Epidemic dropsy in Calcutta - Number 49
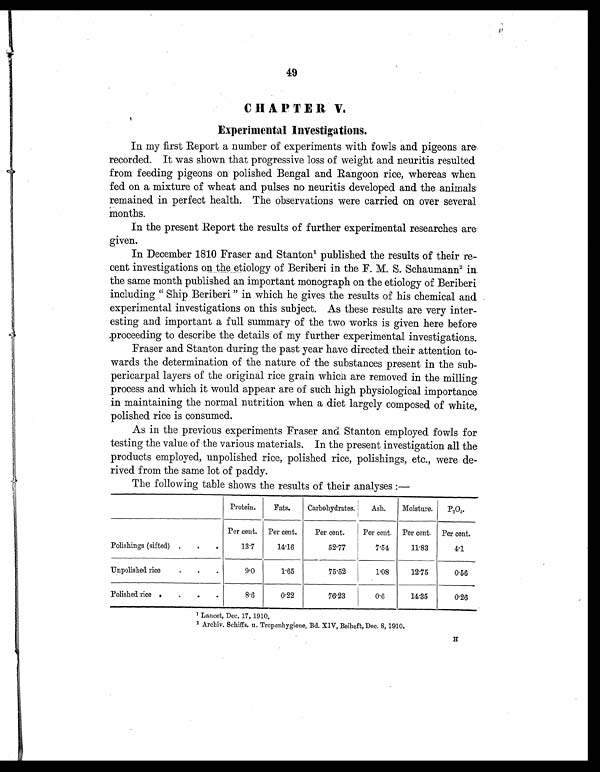
49
CHAPTER V.
Experimental Investigations.
In my first Report a number of experiments with fowls and pigeons are
recorded. It was shown that progressive loss of weight and neuritis resulted
from feeding pigeons on polished Bengal and Rangoon rice, whereas when
fed on a mixture of wheat and pulses no neuritis developed and the animals
remained in perfect health. The observations were carried on over several
Months.
In the present Report the results of further experimental researches are
given.
In December 1810 Fraser and Stanton' published the results of their re
-cent investigations on the etiology of Beriberi in the F. M. S. Schaumann 2 in.
the same month published an important monograph on the etiology of Beriberi
including " Ship Beriberi " in which he gives the results of his chemical and
experimental investigations on this subject. As these results are very inter
esting and important a full summary of the two works is given here before
proceeding to describe the details of my further experimental investigations.
Fraser and Stanton during the past year have directed their attention to
-wards the determination of the nature of the substances present in the sub
-pericarpal layers of the original rice grain which are removed in the milling
process and which it would appear are of such high physiological importance
in maintaining the normal nutrition when a diet largely composed of white,
polished rice is consumed.
As in the previous experiments Fraser and Stanton employed fowls for
testing the value of the various materials. In the present investigation all the
products employed, unpolished rice, polished rice, polishings, etc., were de
-rived from the same lot of paddy.
The following table shows the results of their analyses:—
Protein.
Fats.
Carbohydrates.
Ash.
Per cent.
Moisture.
P2O5.
Per cent. Per cent.
Per cent.
Per cent. Per cent.
Polishings (sifted) .
.
•
13.7
14.16
52.77
7.54
11.83
4.1
Unpolished rice . . .
9.0
1.65
75.52
1.08
12.75
0.56
Polished rice •
•
•
.
8.6
0.22
76.23
0.6
14.35
0.26
1
L a n c e t , D e c . 1 7 , 1 9 1 0 .
2 Archly. Schiffs. u. Tropenhygiene, Bd. XIV, Beiheft, Dec. 8, 1910.